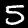
Digit: 5